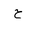
Letter: _ha